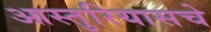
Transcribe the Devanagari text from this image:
आस्तुरियासचे